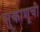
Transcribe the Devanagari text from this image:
सुकाणूची